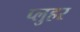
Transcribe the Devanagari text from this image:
प्लुहर